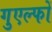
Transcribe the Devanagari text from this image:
गुएल्फों